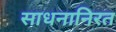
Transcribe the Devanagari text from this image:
साधनानिरत